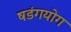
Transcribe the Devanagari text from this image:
षडंगयोग